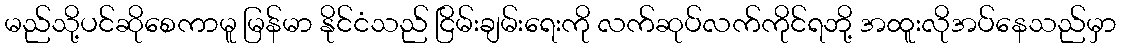
မည်သို့ပင်ဆိုစေကာမူ မြန်မာ နိုင်ငံသည် ငြိမ်းချမ်းရေးကို လက်ဆုပ်လက်ကိုင်ရဘို့ အထူးလိုအပ်နေသည်မှာ